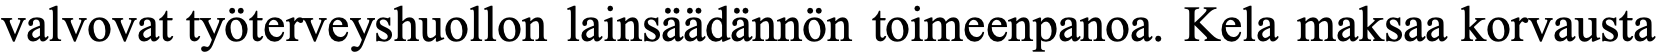
valvovat työterveyshuollon lainsäädännön toimeenpanoa. Kela maksaa korvausta